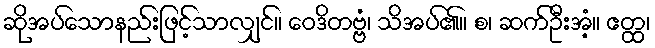
ဆိုအပ်သောနည်းဖြင့်သာလျှင်။ ဝေဒိတဗ္ဗံ၊ သိအပ်၏။ စ၊ ဆက်ဦးအံ့။ ဧတ္ထ၊